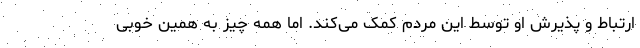
ارتباط و پذیرش او توسط این مردم کمک می‌کند. اما همه چیز به همین خوبی